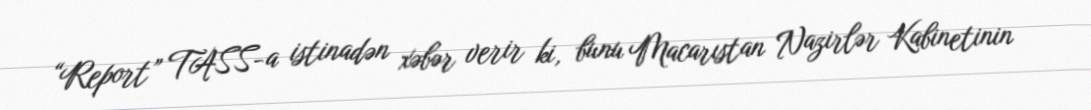
“Report” TASS-a istinadən xəbər verir ki, bunu Macarıstan Nazirlər Kabinetinin